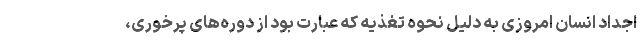
اجداد انسان امروزی به دلیل نحوه تغذیه که عبارت بود از دوره‌های پرخوری،